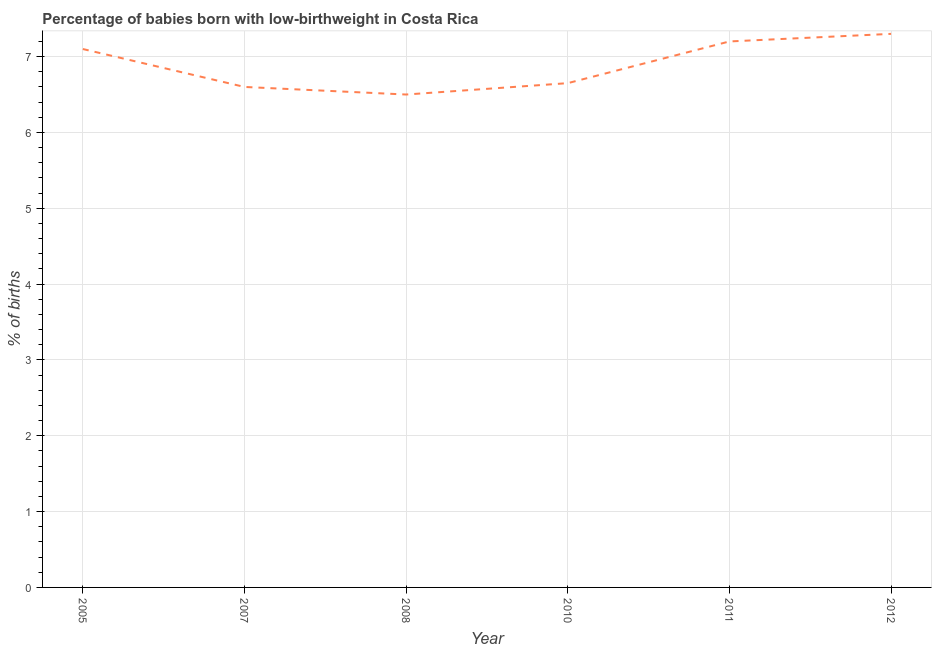
| Year | Low-birthweight babies |
 | --- | --- |
 | 2005 | 7.1 |
 | 2007 | 6.6 |
 | 2008 | 6.5 |
 | 2010 | 6.65 |
 | 2011 | 7.2 |
 | 2012 | 7.3 |